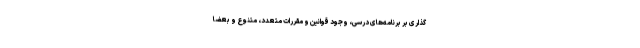
گذاری بر برنامه‌های درسی، وجود قوانین و مقررات متعدد، متنوع و بعضا